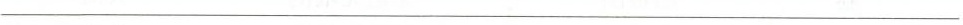
___